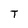
Character: T